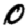
Digit: 0